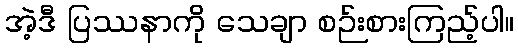
အဲ့ဒီ ပြဿနာကို သေချာ စဉ်းစားကြည့်ပါ။